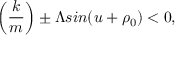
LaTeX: \left( \frac { k } { m } \right) \pm \Lambda s i n ( u + \rho _ { 0 } ) < 0 ,